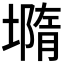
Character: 𡐦